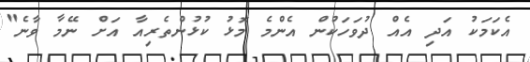
އެކަމަކު އަދި އެއް ދުވަހަކުން އެންމެ މޮޅު ކުޅުންތެރިއާ އަށް ނޭމާ ވާނެ"